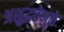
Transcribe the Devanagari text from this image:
अशुद्धतेमुळे